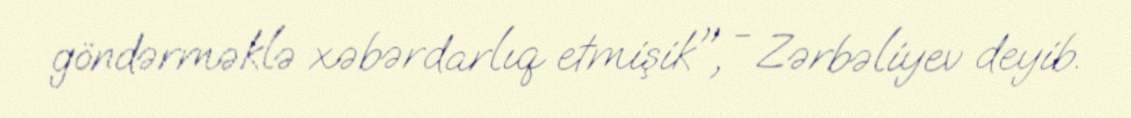
göndərməklə xəbərdarlıq etmişik", - Zərbəliyev deyib.